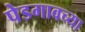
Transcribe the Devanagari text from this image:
पेडगावच्या